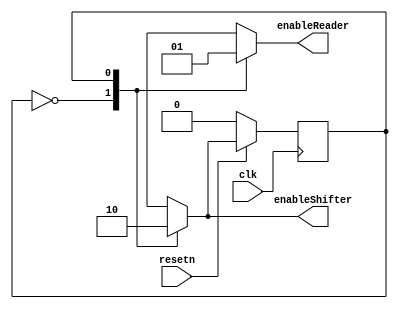
module control(input resetn,
               input clk,
               output reg enableShifter,
               output reg enableReader);
  
  localparam S_WRITE = 1'b0,
		       S_READ  = 1'b1;	 
  
  reg next_state, current_state; 
  
  //transitions
  always@(*)
  begin: state_table
      case(current_state)
        S_WRITE: next_state = S_READ;
        S_READ: next_state = S_WRITE;     
        default: next_state = S_WRITE;
      endcase     
  end
     
  //datapath actions
  always@(*)
  begin
      enableShifter = 1'b0;
      enableReader = 1'b0;
      case(current_state)
        S_WRITE: enableShifter = 1'b1;
        S_READ: enableReader = 1'b1;
      endcase          
  end
  
  always@(posedge clk)
    if (!resetn)
      current_state <= S_WRITE;
    else
      current_state <= next_state;
        
endmodule